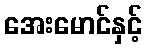
အေးမောင်နှင့်